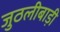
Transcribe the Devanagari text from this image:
जुठलीबाड़ी